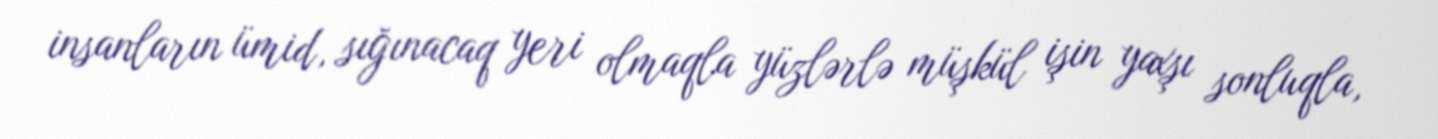
insanların ümid, sığınacaq yeri olmaqla yüzlərlə müşkül işin yaxşı sonluqla,